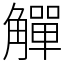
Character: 觶